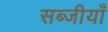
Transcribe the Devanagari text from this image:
सब्जीयाँ